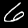
Label: 6